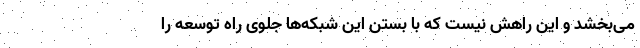
می‌بخشد و این راهش نیست که با بستن این شبکه‌ها جلوی راه توسعه را